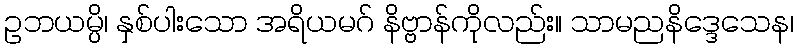
ဥဘယမ္ပိ၊ နှစ်ပါးသော အရိယမဂ် နိဗ္ဗာန်ကိုလည်း။ သာမညနိဒ္ဒေသေန၊